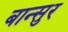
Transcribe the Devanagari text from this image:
बान्सुर